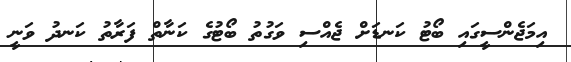
އިމަޖެންސީގައި ބޯޓު ކަނޑަށް ޖެއްސި ވަގުތު ބޯޓުގެ ކަނާތް ފަރާތު ކަނދު ވަނީ